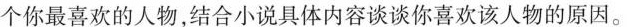
个你最喜欢的人物，结合小说具体内容谈谈你喜欢该人物的原因。